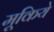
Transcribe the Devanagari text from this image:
मूकिये